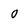
Character: 0